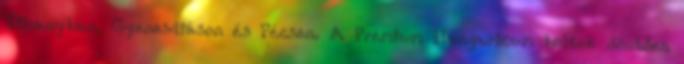
Tihanyban, Gyenesdiáson és Pécsen. A Premium Hungaricum boltok döntően